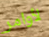
لأوامر